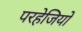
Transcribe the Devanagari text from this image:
परहेजियों